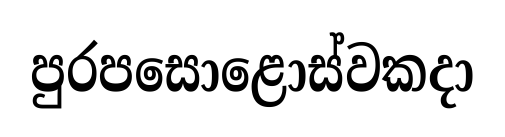
පුරපසොළොස්වකදා